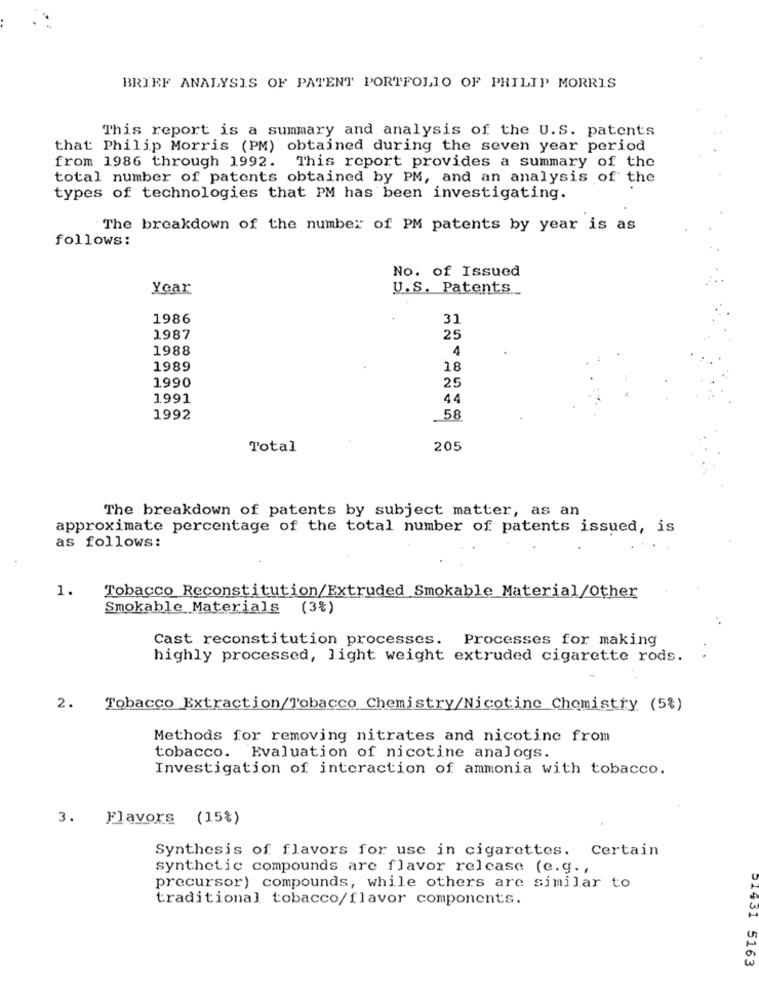
BRIEF ANALYSIS OF PATENT PORTFOLIO OF PHILIP MORRIS
This report is a summary and analysis of the U.S. patents
that Philip Morris (PM) obtained during the seven year period
from 1986 through 1992. This report provides a summary of the
total number of patents obtained by PM, and an analysis of the
types of technologies that PM has been investigating.
The breakdown of the number of PM patents by year is as
follows:
No. of Issued
Year
U.S. Patents ...
1986
31
1987
25
1988
4
1989
18
1990
25
1991
44
1992
58
Total
205
The breakdown of patents by subject matter, as an
approximate percentage of the total number of patents issued, is
as follows:
1.
Tobacco Reconstitution/Extruded Smokable Material/Other
Smokable Materials (3%)
Cast reconstitution processes. Processes for making
highly processed, light weight extruded cigarette rods. .
2.
Tobacco Extraction/Tobacco Chemistry/Nicotine Chemistry (5%)
Methods for removing nitrates and nicotine from
tobacco. Evaluation of nicotine analogs.
Investigation of interaction of ammonia with tobacco.
3. Flavors (15%)
Synthesis of flavors for use in cigarettes. Certain
synthetic compounds are flavor release (e.g .,
precursor) compounds, while others are similar to
traditional tobacco/flavor components.
01931 5163